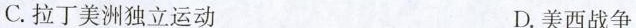
C. 拉丁美洲独立运动 D. 美西战争